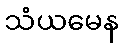
သံယမေန